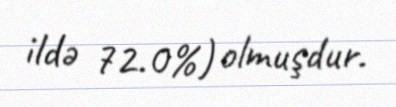
ildə 72.0%) olmuşdur.